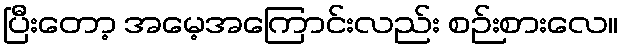
ပြီးတော့ အမေ့အကြောင်းလည်း စဉ်းစားလေ။